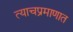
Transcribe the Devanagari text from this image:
त्याचप्रमाणात